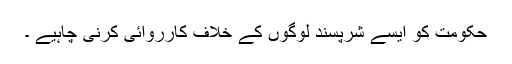
حکومت کو ایسے شرپسند لوگوں کے خلاف کارروائی کرنی چاہیے ۔